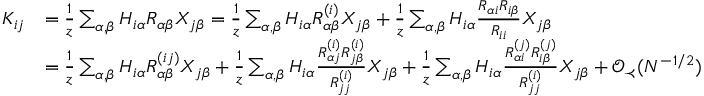
\begin{array} { r l } { K _ { i j } } & { = \frac { 1 } { z } \sum _ { \alpha , \beta } H _ { i \alpha } R _ { \alpha \beta } X _ { j \beta } = \frac { 1 } { z } \sum _ { \alpha , \beta } H _ { i \alpha } R _ { \alpha \beta } ^ { ( i ) } X _ { j \beta } + \frac { 1 } { z } \sum _ { \alpha , \beta } H _ { i \alpha } \frac { R _ { \alpha i } R _ { i \beta } } { R _ { i i } } X _ { j \beta } } \\ & { = \frac { 1 } { z } \sum _ { \alpha , \beta } H _ { i \alpha } R _ { \alpha \beta } ^ { ( i j ) } X _ { j \beta } + \frac { 1 } { z } \sum _ { \alpha , \beta } H _ { i \alpha } \frac { R _ { \alpha j } ^ { ( i ) } R _ { j \beta } ^ { ( i ) } } { R _ { j j } ^ { ( i ) } } X _ { j \beta } + \frac { 1 } { z } \sum _ { \alpha , \beta } H _ { i \alpha } \frac { R _ { \alpha i } ^ { ( j ) } R _ { i \beta } ^ { ( j ) } } { R _ { j j } ^ { ( i ) } } X _ { j \beta } + { \mathcal O } _ { \prec } ( N ^ { - 1 / 2 } ) } \end{array}